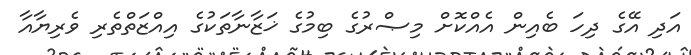
އަދި އޭގެ ދިހަ ބެއިން އެއްކޮށް މިޞްރުގެ ބިމުގެ ޚަޒާނާތަކުގެ އިއްޒަތްތެރި ވެރިޔާއާ